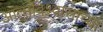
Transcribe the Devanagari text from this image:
आत्मविश्वासाच्या